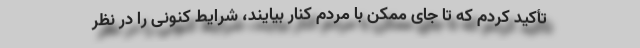
تأکید کردم که تا جای ممکن با مردم کنار بیایند، شرایط کنونی را در نظر